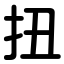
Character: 扭